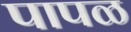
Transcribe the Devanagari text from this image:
पापळ